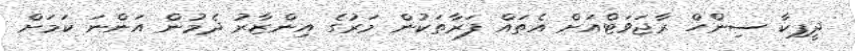
ދީޕިކާ ސިންހް ރާޖަވަޓްއަށް އެތައް ފަރާތަކުން މަރުގެ އިންޒާރު ދެމުން އަންނަ ކަމަށް